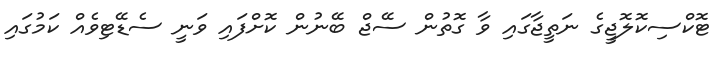
ޓޮކްސިކޮލޮޖީގެ ނަތީޖާގައި ވާ ގޮތުން ސޭޖް ބޭނުން ކޮށްފައި ވަނީ ސެޑޭޓިވެއް ކަމުގައި